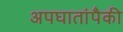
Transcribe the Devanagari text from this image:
अपघातांपैकी